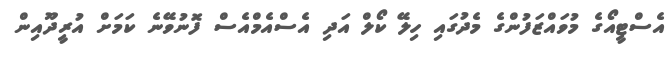
އެސްޓީއޯގެ މުވައްޒަފުންގެ މެދުގައި ހިލޭ ކޯލް އަދި އެސްއެމްއެސް ފޮނުވޭނެ ކަމަށް އުރީދޫއިން